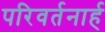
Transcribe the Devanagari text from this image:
परिवर्तनार्ह